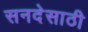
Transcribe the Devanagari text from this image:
सनदेसाठी